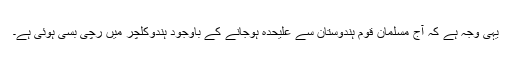
یہی وجہ ہے کہ آج مسلمان قوم ہندوستان سے علیحدہ ہوجانے کے باوجود ہندوکلچر میں رچی بسی ہوئی ہے۔